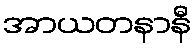
အာယတနာနီ